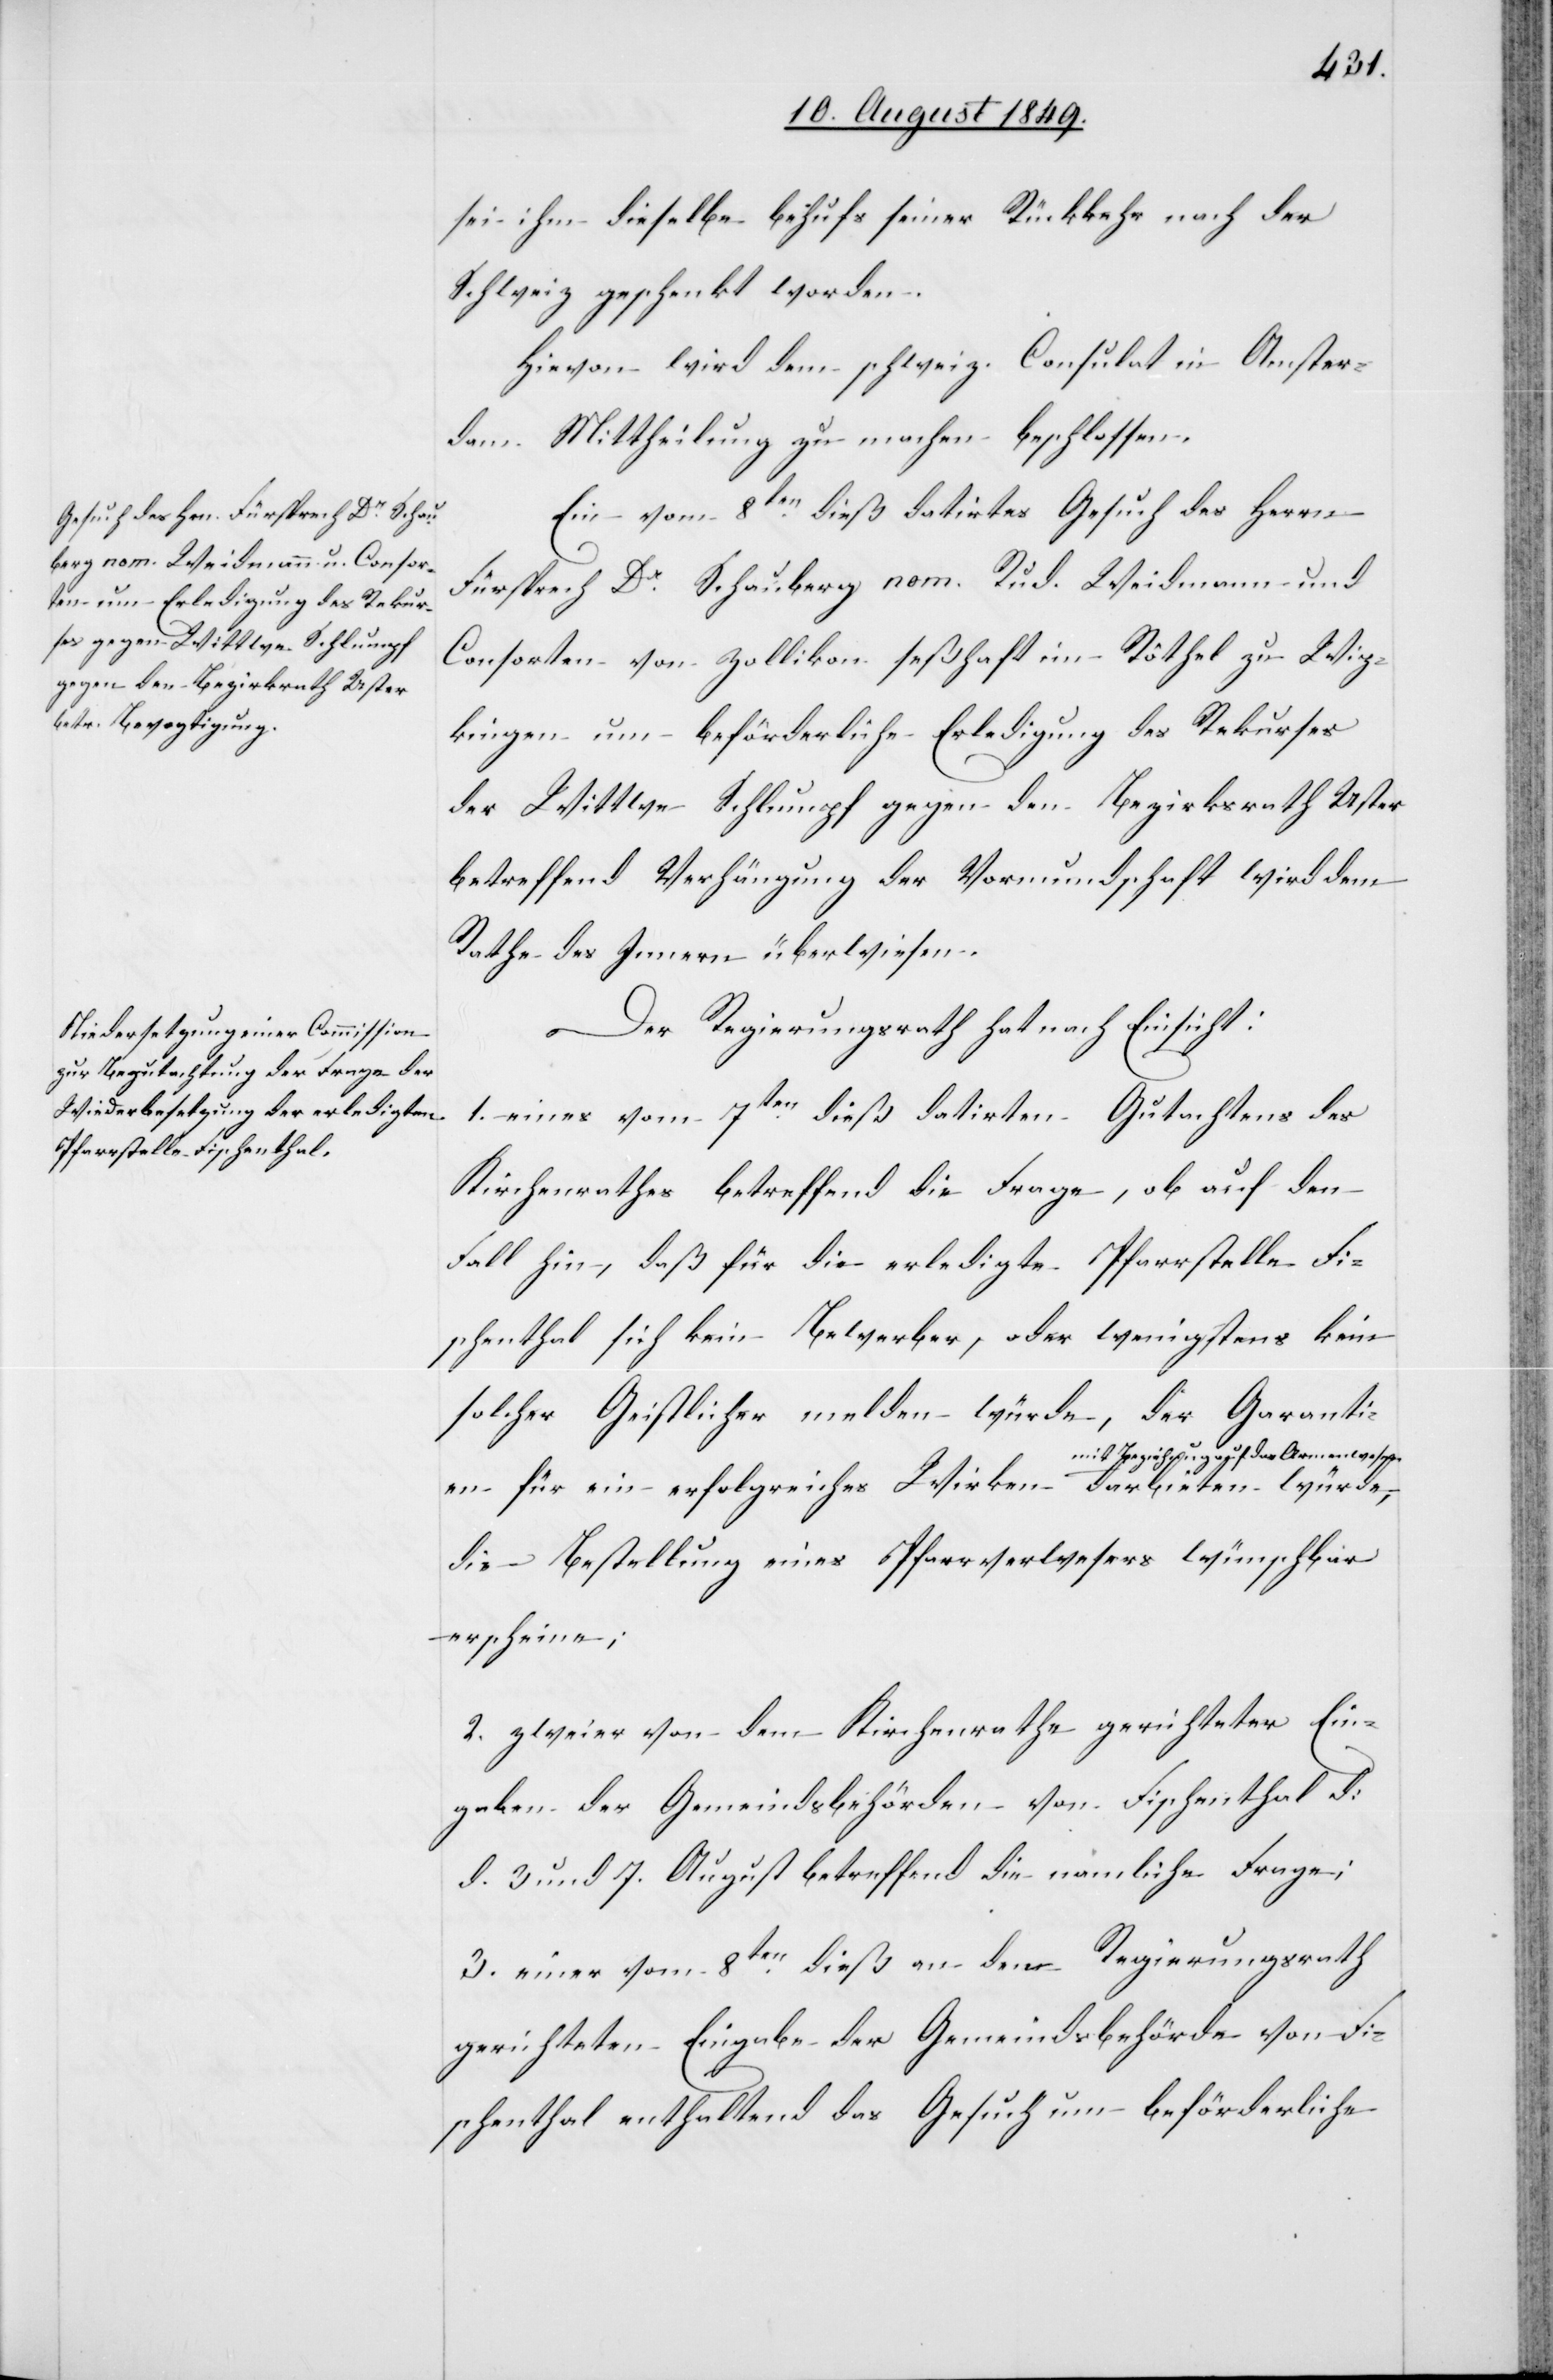
sei ihm dieselbe behufs seiner Rückkehr nach der
Schweiz geschenkt worden.
Hievon wird dem schweiz. Consulat in Amster¬
dam Mittheilung zu machen beschlossen.
Ein vom 8ten dieß datirtes Gesuch des Herrn
Fürsprech Dr Schauberg nom. Rud. Weidmann und
Consorten von Zollikon seßhaft im Röthel zu Wip¬
kingen um beförderliche Erledigung des Rekurses
der Wittwe Schlumpf gegen den Bezirksrath Uster
betreffend Verhängung der Vormundschaft wird dem
Rathe des Innern überwiesen.
Der Regierungsrath hat nach Einsicht:
1. eines vom 7ten dieß datirten Gutachtens des
Kirchenrathes betreffend die Frage, ob auf den
Fall hin, daß für die erledigte Pfarrstelle Fi¬
schenthal sich kein Bewerber, oder wenigstens kein
solcher Geistlicher melden würde, der Garanti¬
en für ein erfolgreiches Wirken a-mit Beziehung
die Bestellung eines Pfarrverwesers wünschbar
erscheine;
2. zweier von dem Kirchenrathe gerichteter Ein¬
gaben der Gemeindsbehörden von Fischenthal d.
d. 3. und 7. August betreffend die nämliche Frage;
3. einer vom 8ten dieß an den Regierungsrath
gerichteten Eingabe der Gemeindsbehörde von Fi¬
schenthal enthaltend das Gesuch um beförderliche